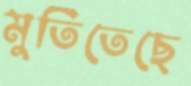
মুতিতেছে